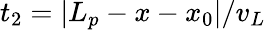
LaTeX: t_{2}=|L_{p}-x-x_{0}|/v_{L}